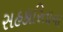
સહકારિતાના